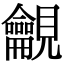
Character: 𧢢